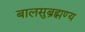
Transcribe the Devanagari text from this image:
बालसुब्रह्मण्य